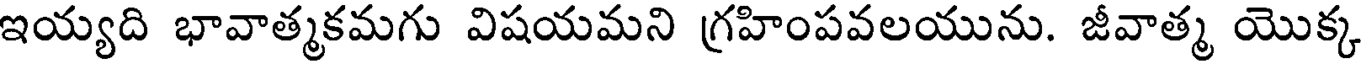
ఇయ్యది భావాత్మకమగు విషయమని గ్రహింపవలయును. జీవాత్మ యొక్క